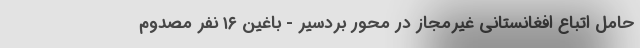
حامل اتباع افغانستانی غیرمجاز در محور بردسیر - باغین ۱۶ نفر مصدوم